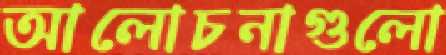
আলোচনাগুলো